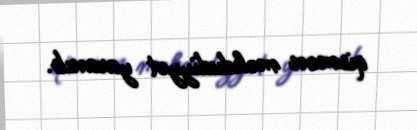
qismən məhdudiyyət yaranıb.